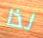
لذا